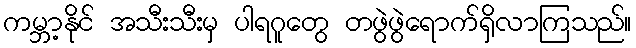
ကမ္ဘာ့နိုင် အသီးသီးမှ ပါရဂူတွေ တဖွဲဖွဲရောက်ရှိလာကြသည်။